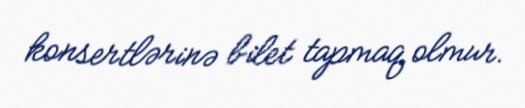
konsertlərinə bilet tapmaq olmur.